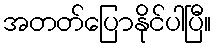
အတတ်ပြောနိုင်ပါပြီ။